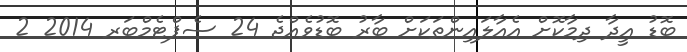
ބޮޑު އީދާ ދިމާކޮށް އެއާލައިންތަކަށް ބާރު ބޮޑުވެއްޖެ 24 ސެޕްޓެމްބަރ 2014 2